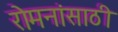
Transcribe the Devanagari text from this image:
रोमनांसाठी